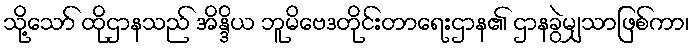
သို့သော် ထိုဌာနသည် အိန္ဒိယ ဘူမိဗေဒတိုင်းတာရေးဌာန၏ ဌာနခွဲမျှသာဖြစ်ကာ၊